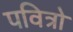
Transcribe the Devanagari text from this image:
पवित्रो